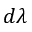
d \lambda